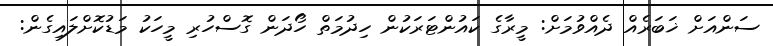
ސަންއަށް ޚަބަރެއް ދެއްވުމަށް: މީރާގެ ކައުންޓަރަކުން ހިދުމަތް ހޯދަން ގޮސްހުރި މީހަކު މަޑުކޮށްލައިގެން: